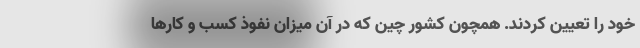
خود را تعیین کردند. همچون کشور چین که در آن میزان نفوذ کسب و کارها